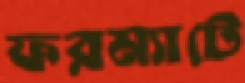
ফরম্যাটে